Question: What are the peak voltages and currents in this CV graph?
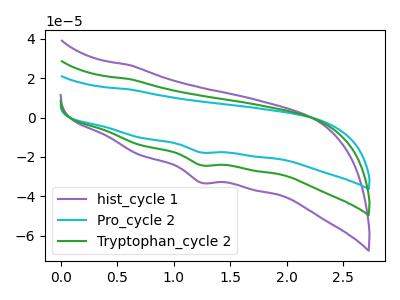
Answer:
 <answer>The purple curve "hist_cycle 1" has a cathodic peak at: (1.25V, -48.45uA). The cyan curve "Pro_cycle 2" has a cathodic peak at: (1.25V, -17.75uA). The green curve "Tryptophan_cycle 2" has a cathodic peak at: (1.25V, -24.20uA).</answer>
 <eval></eval>